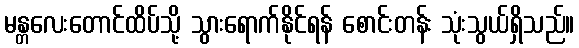
မန္တလေးတောင်ထိပ်သို့ သွားရောက်နိုင်ရန် စောင်းတန်း သုံးသွယ်ရှိသည်။